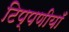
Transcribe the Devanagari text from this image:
टिप्पणीयाँ